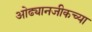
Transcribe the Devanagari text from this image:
ओढ्यानजीकच्या